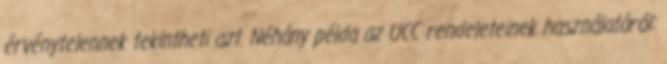
érvénytelennek tekintheti azt. Néhány példa az UCC rendeleteinek használatáról: